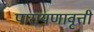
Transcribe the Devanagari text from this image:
पारायणावृत्ती